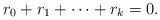
LaTeX: \begin{gather*}r_0+r_1+\dots+r_k=0.\end{gather*}